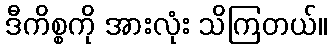
ဒီကိစ္စကို အားလုံး သိကြတယ်။